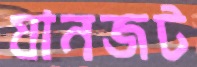
যানজট